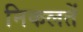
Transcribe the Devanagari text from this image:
निकलतें